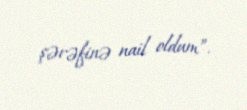
şərəfinə nail oldum”.